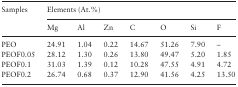
| <ROWSPAN=2> Samples | <COLSPAN=7> Elements (At.%) |
 | Mg | Al | Zn | C | O | Si | F |
 | --- | --- | --- | --- | --- | --- | --- | --- |
 | PEO | 24.91 | 1.04 | 0.22 | 14.67 | 51.26 | 7.90 | – |
 | PEOF0.05 | 28.12 | 1.30 | 0.26 | 13.80 | 49.47 | 5.20 | 1.85 |
 | PEOF0.1 | 31.03 | 1.39 | 0.12 | 10.28 | 47.55 | 4.91 | 4.72 |
 | PEOF0.2 | 26.74 | 0.68 | 0.37 | 12.90 | 41.56 | 4.25 | 13.50 |